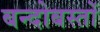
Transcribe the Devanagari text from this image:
बन्दोबस्तों